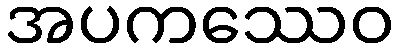
အပကဿေဝ